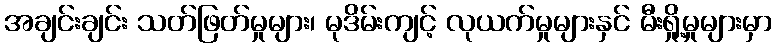
အချင်းချင်း သတ်ဖြတ်မှုများ၊ မုဒိမ်းကျင့် လုယက်မှုများနှင် မီးရှို့မှုများမှာ